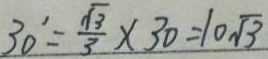
3 0 ^ { \prime } = \frac { \sqrt { 3 } } { 3 } \times 3 0 = 1 0 \sqrt { 3 }